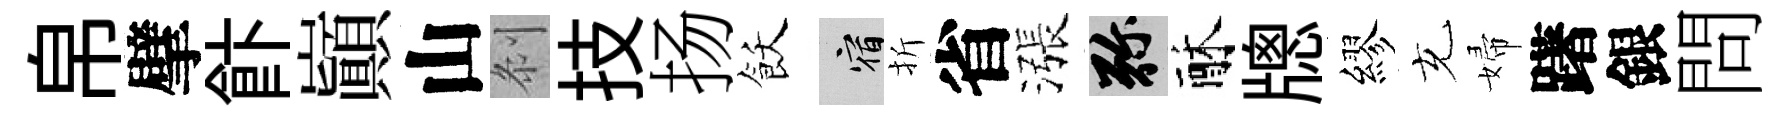
帛擘飰巔山𠛴技扬飫宿折省漲弥酥牕繆充婦躇銀問